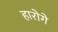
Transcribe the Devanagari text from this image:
हारोगे